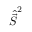
\hat { \vec { S } } ^ { 2 }